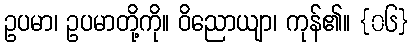
ဥပမာ၊ ဥပမာတို့ကို။ ဝိညောယျာ၊ ကုန်၏။ {၀၆}